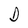
Character: D